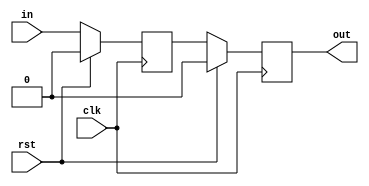
//
// Copyright 2014 Ettus Research LLC
// Copyright 2018 Ettus Research, a National Instruments Company
//
// SPDX-License-Identifier: LGPL-3.0-or-later
//

`default_nettype none

module synchronizer_impl #(
   parameter WIDTH       = 1,
   parameter STAGES      = 2,
   parameter INITIAL_VAL = 0
)(
   input  wire             clk,
   input  wire             rst,
   input  wire [WIDTH-1:0] in,
   output wire [WIDTH-1:0] out
);

   (* ASYNC_REG = "TRUE" *) reg [WIDTH-1:0] value[0:STAGES-1];

   integer k;
   initial begin
     for (k = 0; k < STAGES; k = k + 1) begin
       value[k] = INITIAL_VAL;
     end
   end

   genvar i;
   generate
      for (i=0; i<STAGES; i=i+1) begin: stages
         always @(posedge clk) begin
            if (rst) begin
               value[i] <= INITIAL_VAL;
            end else begin
               if (i == 0) begin
                 value[i] <= in;
               end else begin
                 value[i] <= value[i-1];
               end
            end
         end
      end
   endgenerate

   assign out = value[STAGES-1];

endmodule   //synchronizer_impl

`default_nettype wire